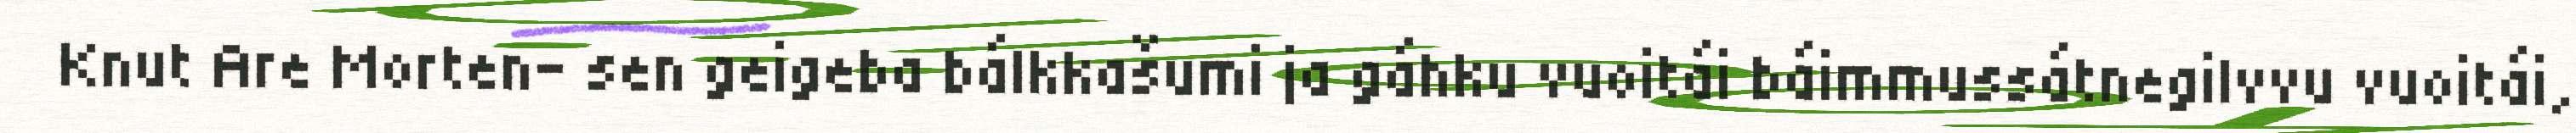
Knut Are Morten- sen geigeba bálkkašumi ja gáhku vuoitái báimmussátnegilvvu vuoitái,